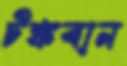
টঙ্কবান